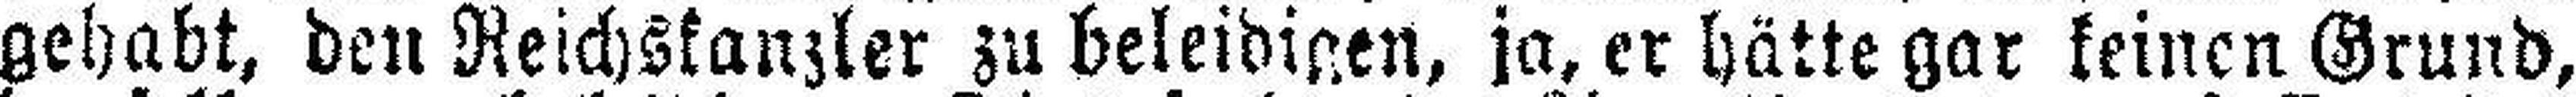
gehabt, den Reichskanzler zu beleidigen, ja, er hätte gar keinen Grund,